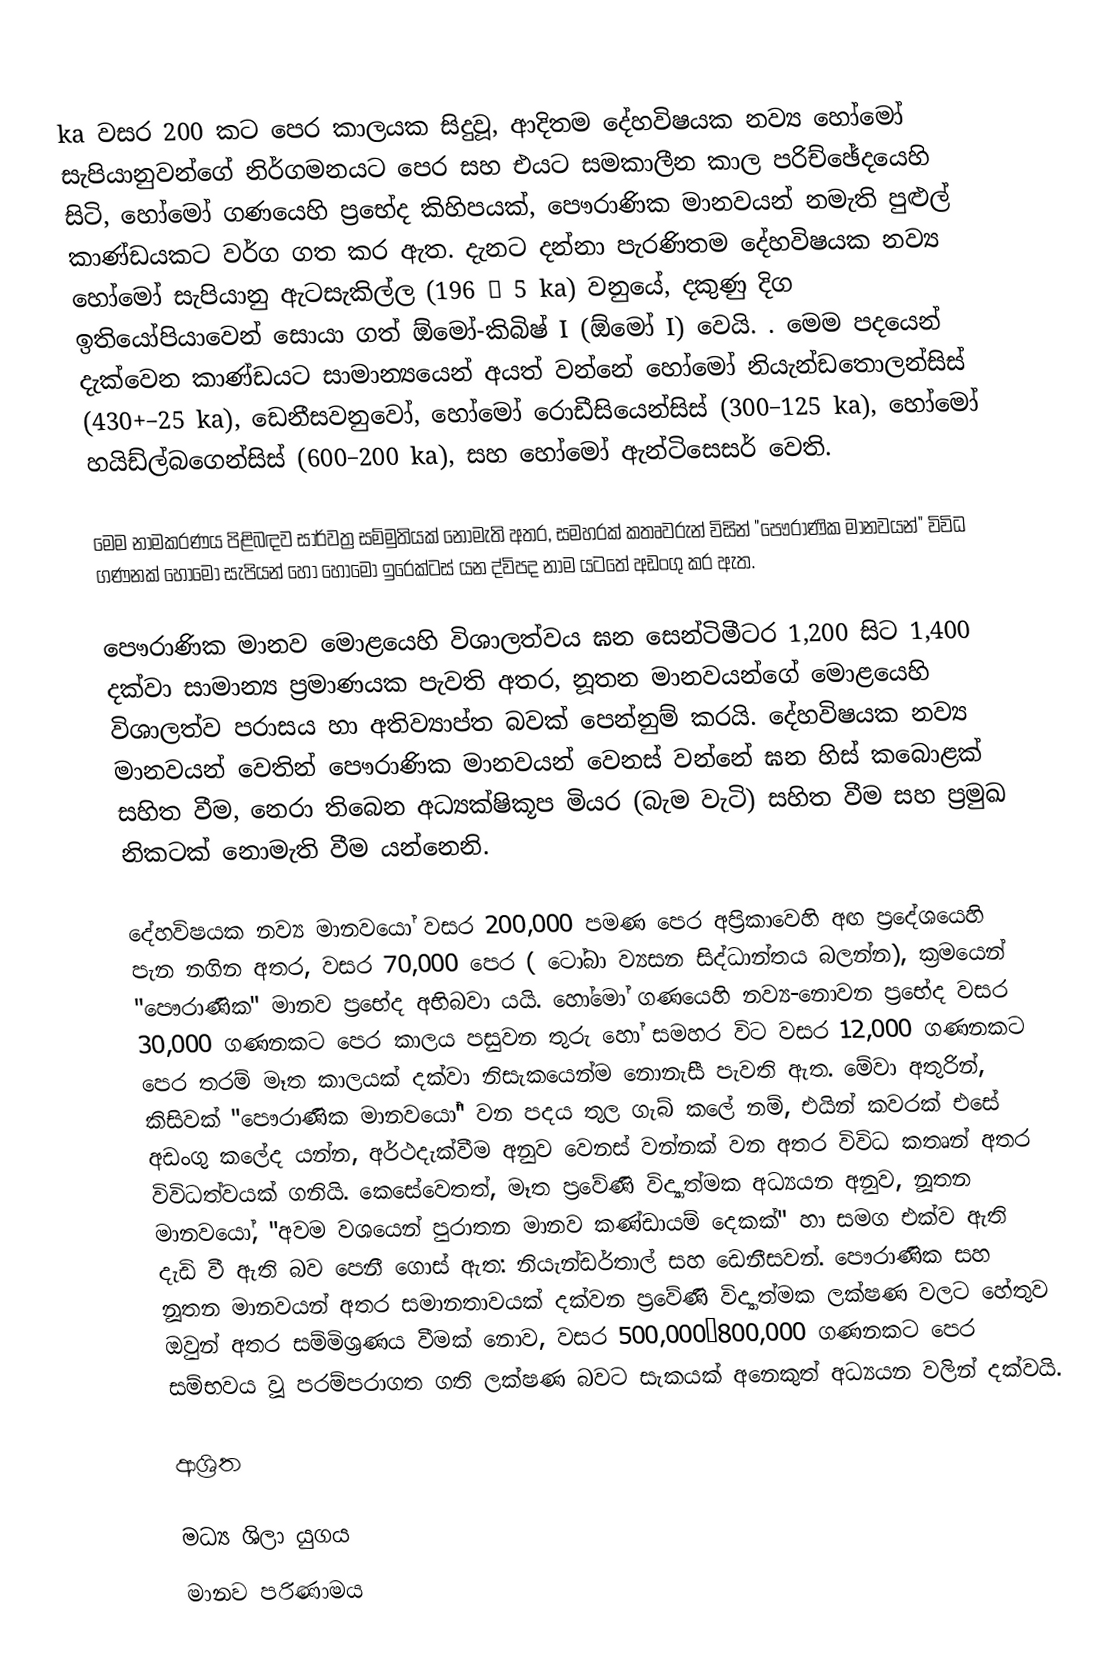
ka වසර 200 කට පෙර කාලයක සිදුවූ, ආදිතම  දේහවිෂයක නව්‍ය හෝමෝ සැපියානුවන්ගේ නිර්ගමනයට පෙර සහ එයට සමකාලීන කාල පරිච්ඡේදයෙහි සිටි,  හෝමෝ ගණයෙහි ප්‍රභේද කිහිපයක්, පෞරාණික මානවයන් නමැති පුළුල් කාණ්ඩයකට වර්ග ගත කර ඇත. දැනට දන්නා පැරණිතම  දේහවිෂයක නව්‍ය හෝමෝ සැපියානු ඇටසැකිල්ල (196 ± 5 ka) වනුයේ, දකුණු දිග ඉතියෝපියාවෙන් සොයා ගත් ඕමෝ-කිබිෂ් I (ඕමෝ I) වෙයි. .  මෙම පදයෙන් දැක්වෙන කාණ්ඩයට සාමාන්‍යයෙන් අයත් වන්නේ හෝමෝ නියැන්ඩතොලන්සිස් (430+–25 ka), ඩෙනීසවනුවෝ, හෝමෝ රොඩීසියෙන්සිස් (300–125 ka), හෝමෝ හයිඩ්ල්බගෙන්සිස් (600–200 ka), සහ හෝමෝ ඇන්ටිසෙසර් වෙති.

මෙම නාමකරණය පිළිබඳව සාර්වත්‍ර සම්මුතියක් නොමැති අතර, සමහරක් කතෘවරුන් විසින්  "පෞරාණික මානවයන්" විවිධ ගණනක් හෝමෝ සැපියන් හෝ හෝමෝ ඉරෙක්ටස් යන ද්විපද නාම යටතේ අඩංගු කර ඇත.

පෞරාණික මානව මොළයෙහි විශාලත්වය ඝන සෙන්ටිමීටර 1,200 සිට 1,400 දක්වා සාමාන්‍ය ප්‍රමාණයක පැවති අතර, නූතන මානවයන්ගේ මොළයෙහි විශාලත්ව පරාසය හා අතිව්‍යාප්ත බවක් පෙන්නුම් කරයි. දේහවිෂයක නව්‍ය මානවයන් වෙතින් පෞරාණික මානවයන් වෙනස් වන්නේ ඝන හිස් කබොළක් සහිත වීම,  නෙරා තිබෙන  අධ්‍යක්ෂිකූප මියර  (බැම වැටි) සහිත වීම සහ ප්‍රමුඛ නිකටක් නොමැති වීම යන්නෙනි.

 දේහවිෂයක නව්‍ය මානවයෝ වසර 200,000 පමණ පෙර  අප්‍රිකාවෙහි අඟ ප්‍රදේශයෙහි පැන නගින අතර, වසර 70,000 පෙර ( ටෝබා ව්‍යසන සිද්ධාන්තය බලන්න), ක්‍රමයෙන් "පෞරාණික" මානව ප්‍රභේද අභිබවා යයි. හෝමෝ ගණයෙහි නව්‍ය-නොවන ප්‍රභේද  වසර 30,000 ගණනකට පෙර කාලය පසුවන තුරු හෝ සමහර විට වසර 12,000 ගණනකට පෙර තරම් මෑත කාලයක් දක්වා නිසැකයෙන්ම නොනැසී පැවති ඇත. මේවා අතුරින්, කිසිවක් "පෞරාණික මානවයෝ" වන පදය තුල ගැබ් කලේ නම්, එයින් කවරක් එසේ අඩංගු කලේද යන්න, අර්ථදැක්වීම අනුව වෙනස් වන්නක් වන අතර විවිධ කතෘන් අතර විවිධත්වයක් ගනියි. කෙසේවෙතත්, මෑත ප්‍රවේණි විද්‍යාත්මක අධ්‍යයන අනුව, නූතන මානවයෝ, "අවම වශයෙන් පුරාතන මානව කණ්ඩායම් දෙකක්" හා සමග එක්ව ඇති දැඩි වී ඇති බව පෙනී ගොස් ඇත: නියැන්ඩර්තාල් සහ ඩෙනීසවන්.  පෞරාණික සහ නූතන මානවයන් අතර සමානතාවයක් දක්වන ප්‍රවේණි විද්‍යාත්මක ලක්ෂණ වලට හේතුව ඔවුන් අතර සම්මිශ්‍රණය වීමක් නොව, වසර    500,000–800,000 ගණනකට පෙර සම්භවය වූ පරම්පරාගත ගති ලක්ෂණ බවට සැකයක් අනෙකුත් අධ්‍යයන වලින් දක්වයි.

ආශ්‍රිත

මධ්‍ය ශිලා යුගය
මානව පරිණාමය